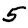
Digit: 5